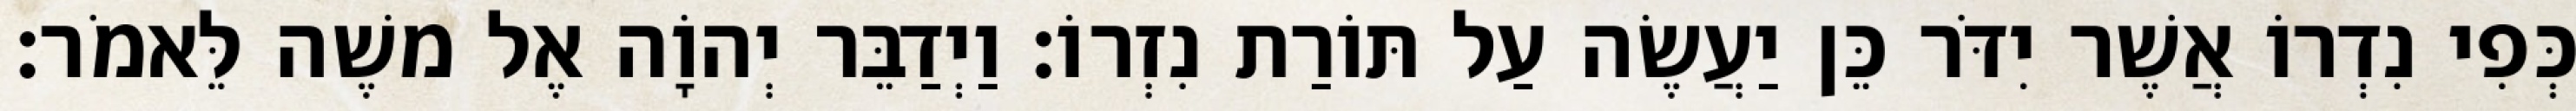
כְּפִי נִדְרוֹ אֲשֶׁר יִדֹּר כֵּן יַעֲשֶׂה עַל תּוֹרַת נִזְרוֹ׃ וַיְדַבֵּר יְהוָֹה אֶל משֶׁה לֵּאמֹר׃